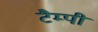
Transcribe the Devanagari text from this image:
टैम्पी